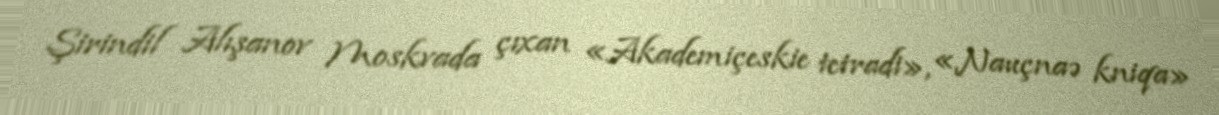
Şirindil Alışanov Moskvada çıxan «Akademiçeskie tetradi», «Nauçnaə kniqa»